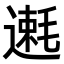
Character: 𫐿